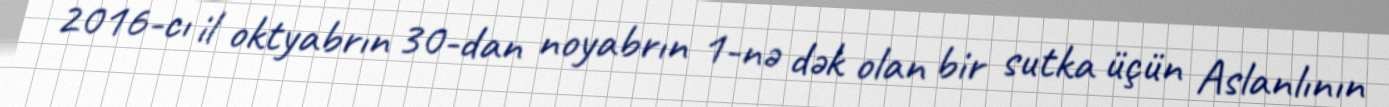
2016-cı il oktyabrın 30-dan noyabrın 1-nə dək olan bir sutka üçün Aslanlının